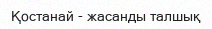
Қостанай - жасанды талшық